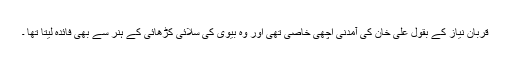
قربان نیاز کے بقول علی خان کی آمدنی اچھی خاصی تھی اور وہ بیوی کی سلائی کڑھائی کے ہنر سے بھی فائدہ لیتا تھا ۔